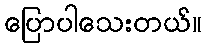
ပြောပါသေးတယ်။